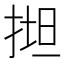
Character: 𢯟